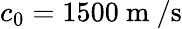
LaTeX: c_{0}=1500\mathrm{~m~}/\mathrm{s}